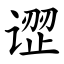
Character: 䜧